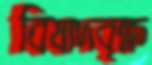
বিষাদবৃক্ষ